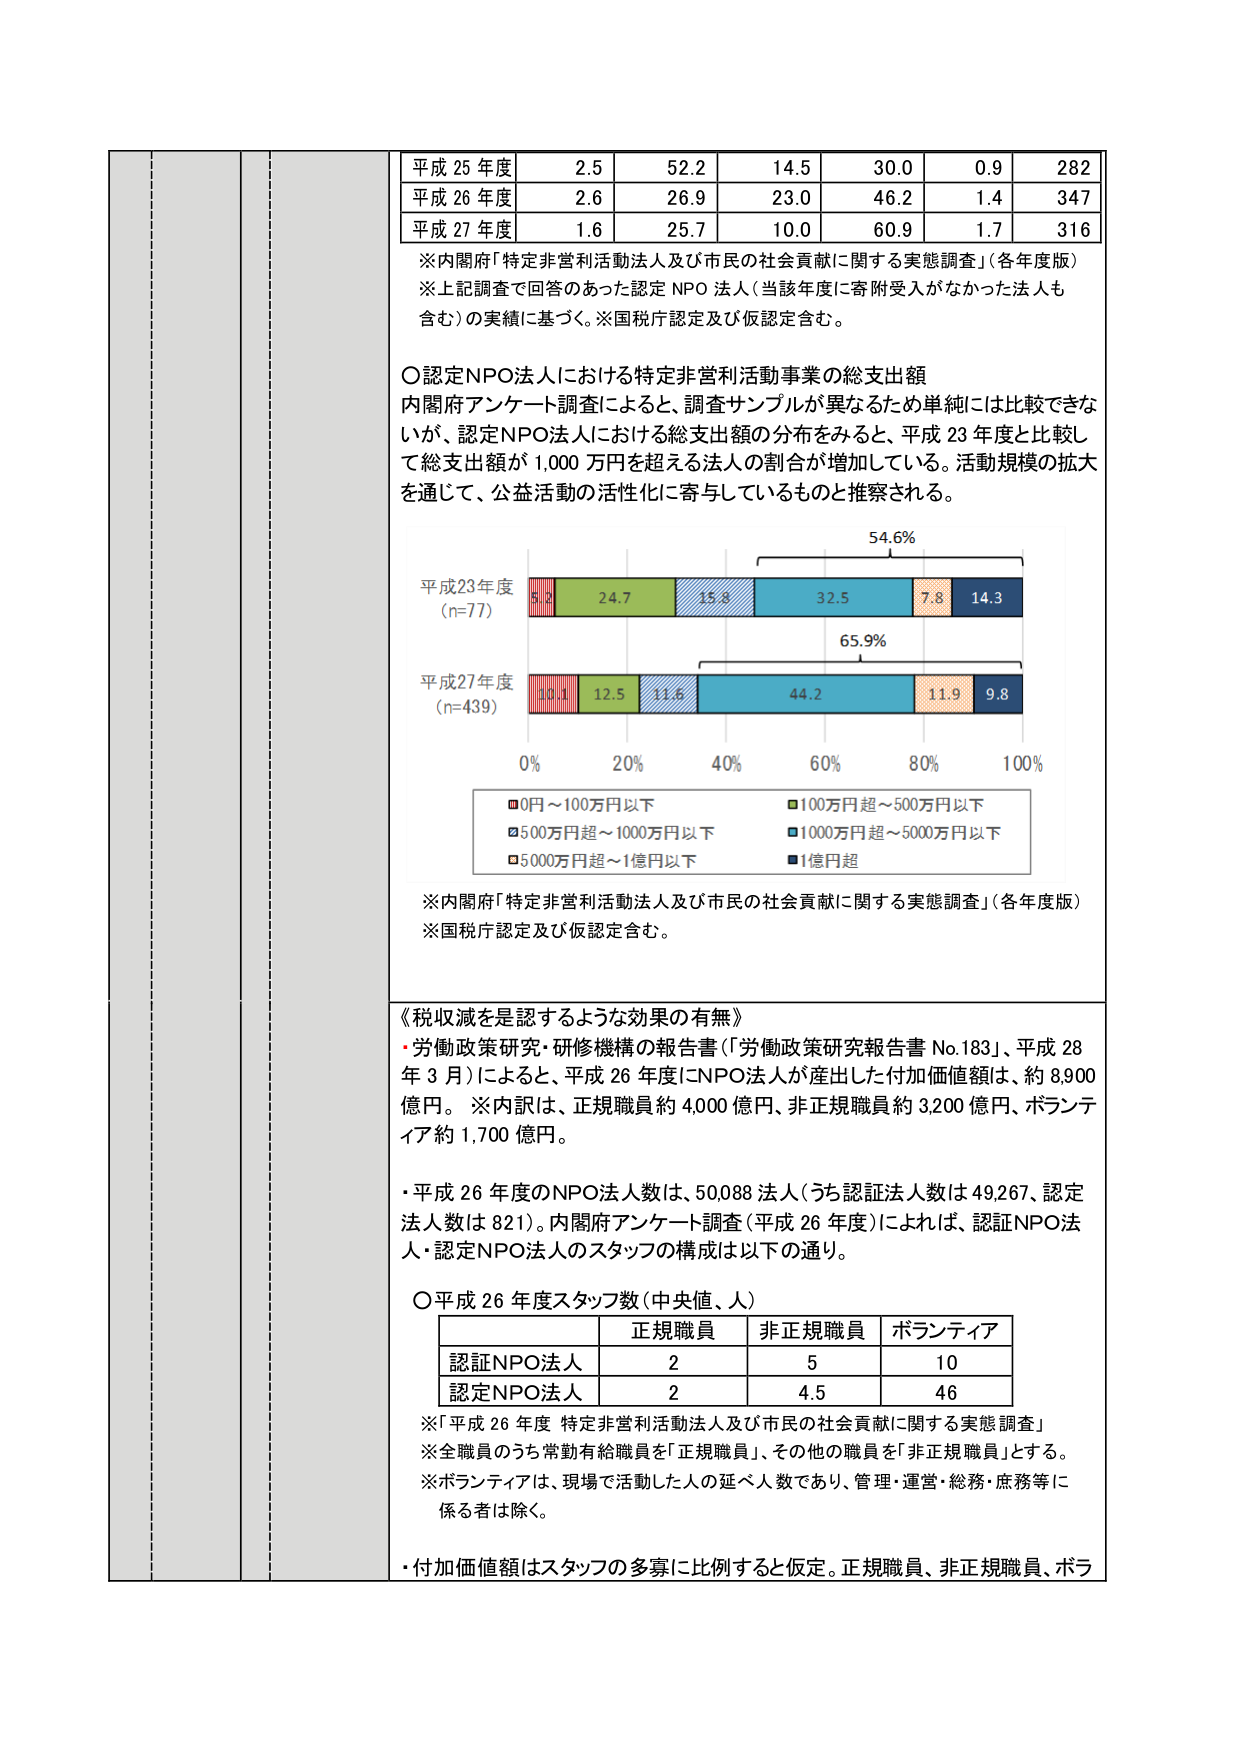
平成 25 年度 2.5 52.2 14.5 30.0 0.9 282
平成 26 年度 2.6 26.9 23.0 46.2 1.4 347
平成 27 年度 1.6 25.7 10.0 60.9 1.7 316

※内閣府「特定非営利活動法人及び市民の社会貢献に関する実態調査」（各年度版）
※上記調査で回答のあった認定 NPO 法人（当該年度に寄附受入がなかった法人も含む）の実績に基づく。※国税庁認定及び仮認定含む。

〇認定NPO法人における特定非営利活動事業の総支出額
内閣府アンケート調査によると、調査サンプルが異なるため単純には比較できないが、認定NPO法人における総支出額の分布をみると、平成 23 年度と比較して総支出額が 1,000 万円を超える法人の割合が増加している。活動規模の拡大を通じて、公益活動の活性化に寄与しているものと推察される。

平成23年度 (n=77)
5.2 24.7 15.8 32.5 7.8 14.3
平成27年度 (n=439)
10.1 12.5 11.6 44.2 11.9 9.8
0% 20% 40% 60% 80% 100%
■0円～100万円以下
■100万円超～500万円以下
■500万円超～1000万円以下
■1000万円超～5000万円以下
■5000万円超～1億円以下
■1億円超

※内閣府「特定非営利活動法人及び市民の社会貢献に関する実態調査」（各年度版）
※国税庁認定及び仮認定含む。

《税収減を是認するような効果の有無》
・労働政策研究・研修機構の報告書（「労働政策研究報告書 No.183」、平成 28 年 3 月）によると、平成 26 年度にNPO法人が産出した付加価値額は、約 8,900 億円。※内訳は、正規職員約 4,000 億円、非正規職員約 3,200 億円、ボランティア約 1,700 億円。

・平成 26 年度のNPO法人数は、50088 法人（うち認証法人数は 49,267、認定法人数は 821）。内閣府アンケート調査（平成 26 年度）によれば、認証NPO法人・認定NPO法人のスタッフの構成は以下の通り。

〇平成 26 年度スタッフ数（中央値、人）
正規職員 非正規職員 ボランティア
認証NPO法人 2 5 10
認定NPO法人 2 4.5 46

※「平成 26 年度 特定非営利活動法人及び市民の社会貢献に関する実態調査」
※全職員のうち常勤有給職員を「正規職員」、その他の職員を「非正規職員」とする。
※ボランティアは、現場で活動した人の延べ人数であり、管理・運営・総務・庶務等に係る者は除く。

・付加価値額はスタッフの多寡に比例すると仮定。正規職員、非正規職員、ボラ